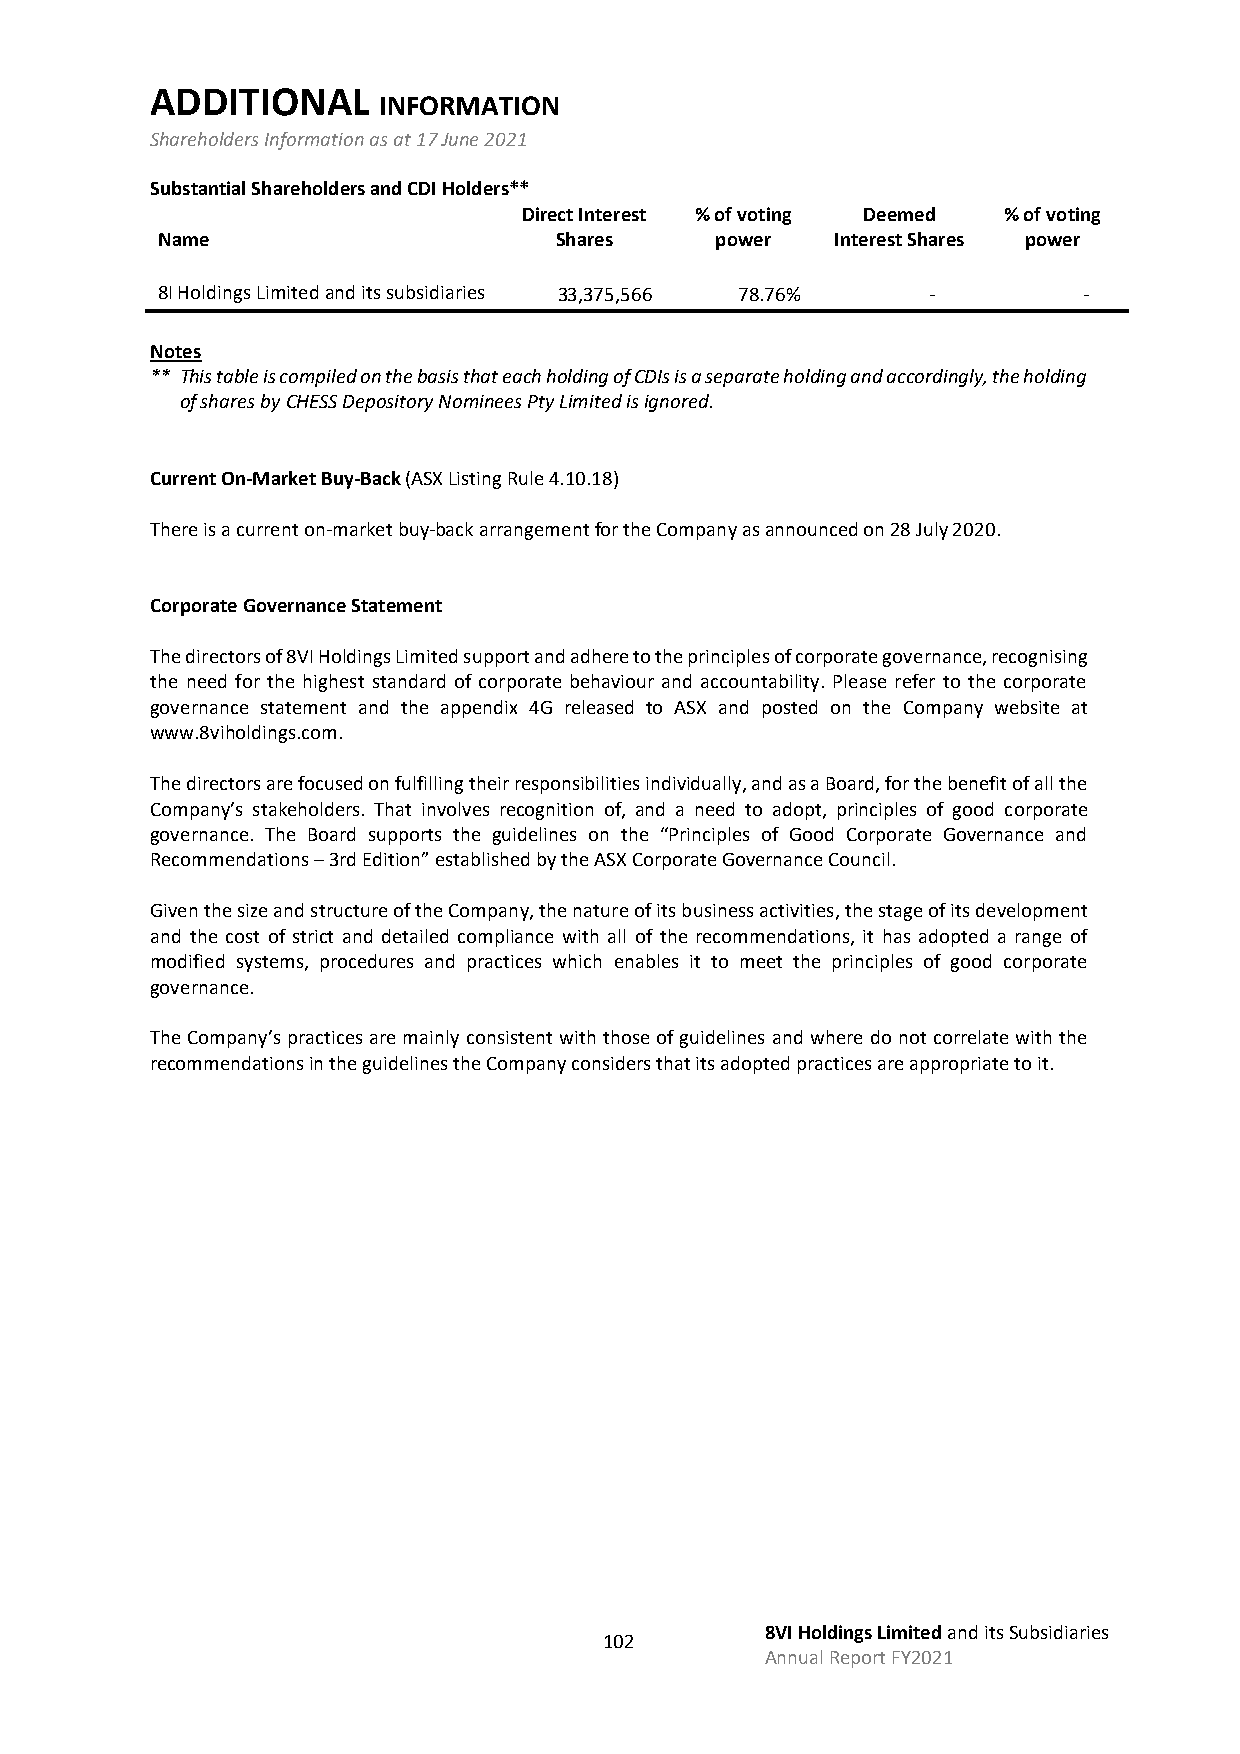
ADDITIONAL
 INFORMATION
 Shareholders Information as at 17 June 2021
 Substantial Shareholders and CDI Holders**
 Direct Interest % of voting Deemed % of voting
 Name                       Shares    power   Interest Shares power
 8I Holdings Limited and its subsidiaries 33,375,566 78.76% -  -
 Notes
 ** This table is compiled on the basis that each holding of CDIs is a separate holding and accordingly, the holding
 of shares by CHESS Depository Nominees Pty Limited is ignored.
 Current On-Market Buy-Back (ASX Listing Rule 4.10.18)
 There is a current on-market buy-back arrangement for the Company as announced on 28 July 2020.
 Corporate Governance Statement
 The directors of 8VI Holdings Limited support and adhere to the principles of corporate governance, recognising
 the need for the highest standard of corporate behaviour and accountability. Please refer to the corporate
 governance statement and the appendix 4G released to ASX and posted on the Company website at
 www.8viholdings.com.
 The directors are focused on fulfilling their responsibilities individually, and as a Board, for the benefit of all the
 Company’s stakeholders. That involves recognition of, and a need to adopt, principles of good corporate
 governance. The Board supports the guidelines on the “Principles of Good Corporate Governance and
 Recommendations – 3rd Edition” established by the ASX Corporate Governance Council.
 Given the size and structure of the Company, the nature of its business activities, the stage of its development
 and the cost of strict and detailed compliance with all of the recommendations, it has adopted a range of
 modified systems, procedures and practices which enables it to meet the principles of good corporate
 governance.
 The Company’s practices are mainly consistent with those of guidelines and where do not correlate with the
 recommendations in the guidelines the Company considers that its adopted practices are appropriate to it.
 8VI Holdings Limited and its Subsidiaries
 102
 Annual Report FY2021